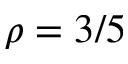
\rho = 3 / 5